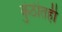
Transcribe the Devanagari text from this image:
कुंठीतही